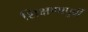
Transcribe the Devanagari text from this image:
शिक्षणापूर्वी